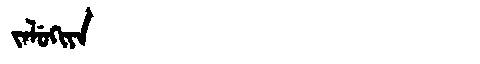
Manchu: ᠵᠠᠯᡠᡴᡳᠶᠠ
Romanization: JALUKIYA